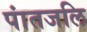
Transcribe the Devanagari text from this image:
पांतजलि